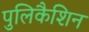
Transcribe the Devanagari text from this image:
पुलिकैशिन